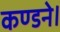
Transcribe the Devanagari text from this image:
कण्डने।